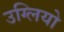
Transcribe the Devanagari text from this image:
उग्लियो